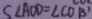
S \angle A O D = \angle C O B ^ { \prime }